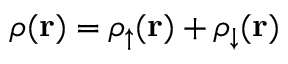
\rho ( { \bf r } ) = \rho _ { \uparrow } ( { \bf r } ) + \rho _ { \downarrow } ( { \bf r } )